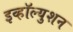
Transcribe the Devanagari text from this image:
इव्हॉल्युशन